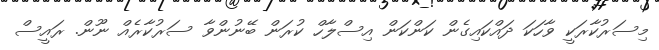
މިސަރުކާރަކީ ވާހަކަ ދައްކައިގެން ކަންކަން އިސްލާހް ކުރަން ބޭނުންވާ ސަރުކާރެއް ނޫން. ރައީސް